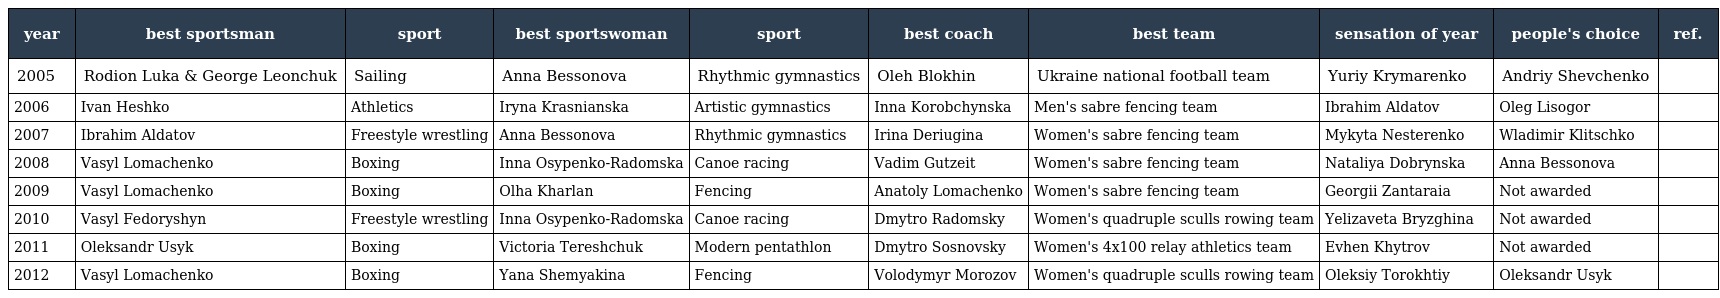
| year | best sportsman | sport | best sportswoman | sport | best coach | best team | sensation of year | people's choice | ref. |
 | --- | --- | --- | --- | --- | --- | --- | --- | --- | --- |
 | 2005 | Rodion Luka & George Leonchuk | Sailing | Anna Bessonova | Rhythmic gymnastics | Oleh Blokhin | Ukraine national football team | Yuriy Krymarenko | Andriy Shevchenko |  |
 | 2006 | Ivan Heshko | Athletics | Iryna Krasnianska | Artistic gymnastics | Inna Korobchynska | Men's sabre fencing team | Ibrahim Aldatov | Oleg Lisogor |  |
 | 2007 | Ibrahim Aldatov | Freestyle wrestling | Anna Bessonova | Rhythmic gymnastics | Irina Deriugina | Women's sabre fencing team | Mykyta Nesterenko | Wladimir Klitschko |  |
 | 2008 | Vasyl Lomachenko | Boxing | Inna Osypenko-Radomska | Canoe racing | Vadim Gutzeit | Women's sabre fencing team | Nataliya Dobrynska | Anna Bessonova |  |
 | 2009 | Vasyl Lomachenko | Boxing | Olha Kharlan | Fencing | Anatoly Lomachenko | Women's sabre fencing team | Georgii Zantaraia | Not awarded |  |
 | 2010 | Vasyl Fedoryshyn | Freestyle wrestling | Inna Osypenko-Radomska | Canoe racing | Dmytro Radomsky | Women's quadruple sculls rowing team | Yelizaveta Bryzghina | Not awarded |  |
 | 2011 | Oleksandr Usyk | Boxing | Victoria Tereshchuk | Modern pentathlon | Dmytro Sosnovsky | Women's 4x100 relay athletics team | Evhen Khytrov | Not awarded |  |
 | 2012 | Vasyl Lomachenko | Boxing | Yana Shemyakina | Fencing | Volodymyr Morozov | Women's quadruple sculls rowing team | Oleksiy Torokhtiy | Oleksandr Usyk |  |